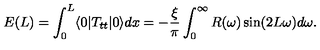
E ( L ) = \int _ { 0 } ^ { L } \langle 0 | T _ { t t } | 0 \rangle d x = - { \frac { \xi } { \pi } } \int _ { 0 } ^ { \infty } R ( \omega ) \sin ( 2 L \omega ) d \omega .